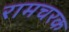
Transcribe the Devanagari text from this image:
रामचरक